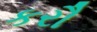
કરૌ